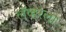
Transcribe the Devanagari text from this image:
लॅव्हरला